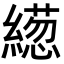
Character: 𦅢